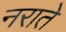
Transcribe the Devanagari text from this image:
नराते